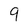
Character: 9